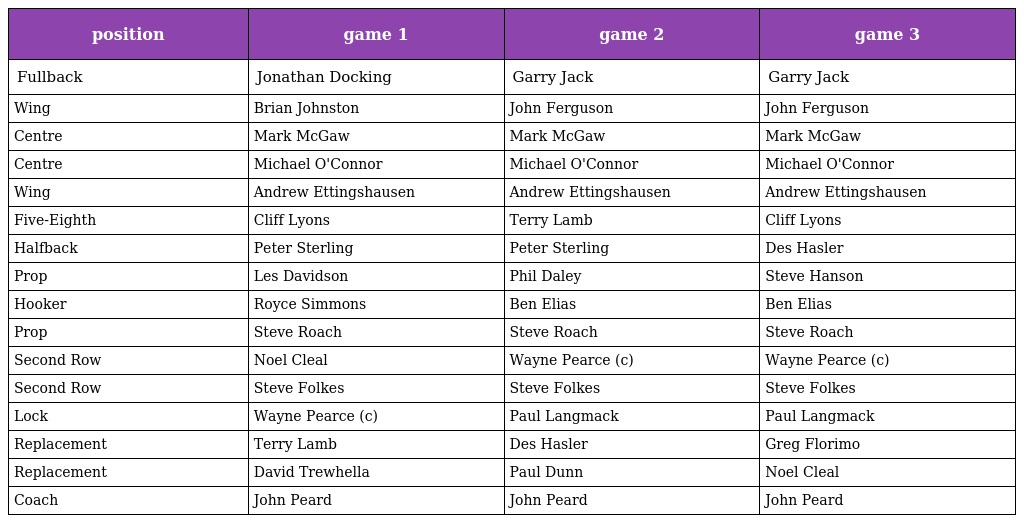
| position | game 1 | game 2 | game 3 |
 | --- | --- | --- | --- |
 | Fullback | Jonathan Docking | Garry Jack | Garry Jack |
 | Wing | Brian Johnston | John Ferguson | John Ferguson |
 | Centre | Mark McGaw | Mark McGaw | Mark McGaw |
 | Centre | Michael O'Connor | Michael O'Connor | Michael O'Connor |
 | Wing | Andrew Ettingshausen | Andrew Ettingshausen | Andrew Ettingshausen |
 | Five-Eighth | Cliff Lyons | Terry Lamb | Cliff Lyons |
 | Halfback | Peter Sterling | Peter Sterling | Des Hasler |
 | Prop | Les Davidson | Phil Daley | Steve Hanson |
 | Hooker | Royce Simmons | Ben Elias | Ben Elias |
 | Prop | Steve Roach | Steve Roach | Steve Roach |
 | Second Row | Noel Cleal | Wayne Pearce (c) | Wayne Pearce (c) |
 | Second Row | Steve Folkes | Steve Folkes | Steve Folkes |
 | Lock | Wayne Pearce (c) | Paul Langmack | Paul Langmack |
 | Replacement | Terry Lamb | Des Hasler | Greg Florimo |
 | Replacement | David Trewhella | Paul Dunn | Noel Cleal |
 | Coach | John Peard | John Peard | John Peard |